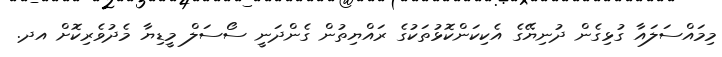
މިމައްސަލައާ ގުޅިގެން ދުނިޔޭގެ އެކިކަންކޮޅުތަކުގެ ރައްޔިތުން ގެންދަނީ ސޯސަލް މީޑިޔާ މެދުވެރިކޮށް އދ.